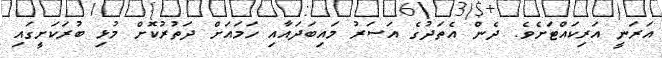
އަރަނީ އަރިކައްޓަށެވެ. ދެން އެތަދުގެ އަސަރު މައިބަދައާއި ހަމައަށް ދަތުރުކޮށް މުޅި ބުރަކަށީގައި